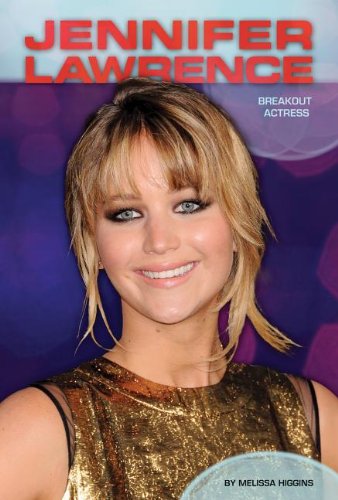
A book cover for Jennifer Lawrence: Breakout Actress (Contemporary Lives); Melissa Higgins; Teen & Young Adult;